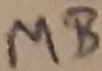
Text: MB